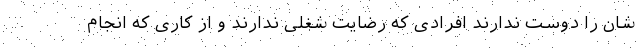
شان را دوست ندارند افرادی که رضایت شغلی ندارند و از کاری که انجام